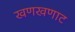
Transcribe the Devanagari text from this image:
खणखणाट